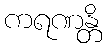
ကရဏန္တိ